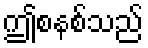
ဤစနစ်သည်